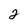
Character: 2